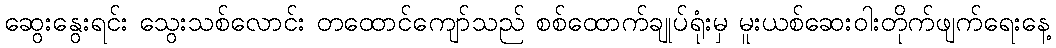
ဆွေးနွေးရင်း သွေးသစ်လောင်း တထောင်ကျော်သည် စစ်ထောက်ချုပ်ရုံးမှ မူးယစ်ဆေးဝါးတိုက်ဖျက်ရေးနေ့